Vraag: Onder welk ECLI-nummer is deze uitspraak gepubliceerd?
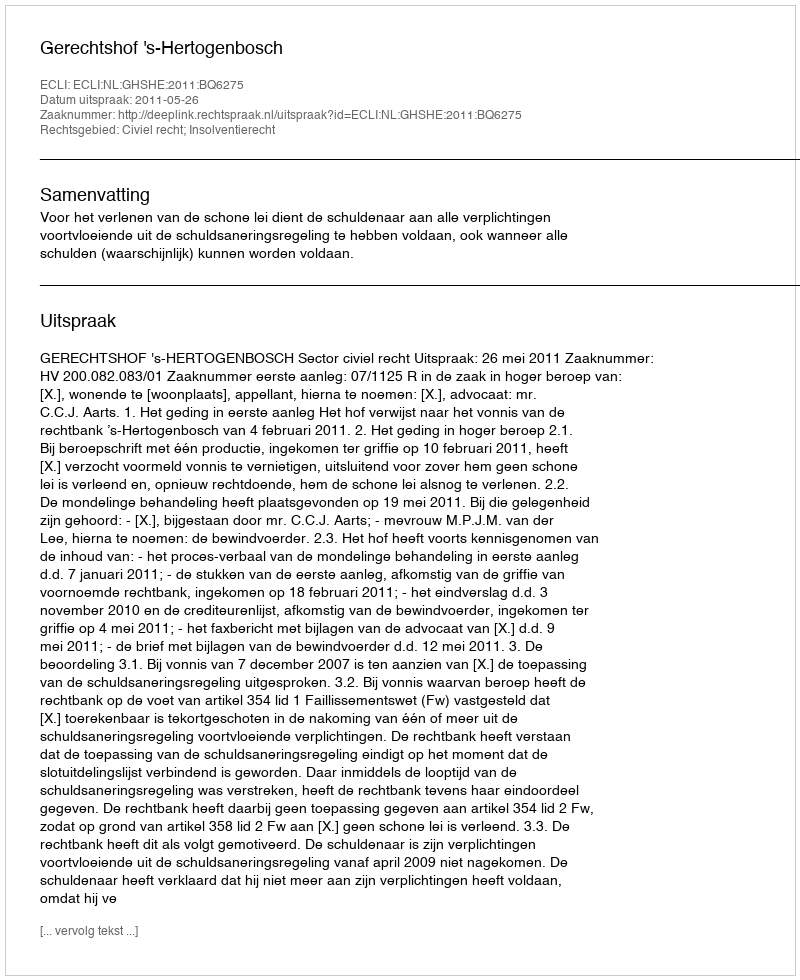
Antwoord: ECLI:NL:GHSHE:2011:BQ6275